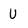
Character: U